Leaving Certificate Examination, 1911
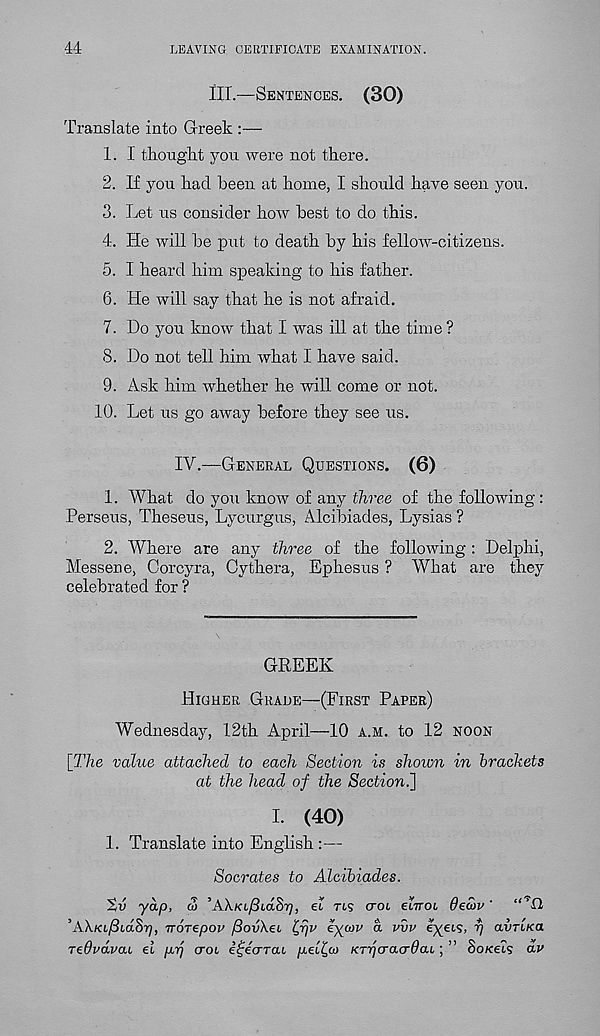
44
LEAVING CERTIFICATE EXAMINATION.
III.—Sentences. (30)
Translate into Greek :—
1. I tlionght you were not there.
2. If yon had been at home, I should have seen you.
3. Let us consider how best to do this.
4. He will be put to death by his fellow-citizens.
5. I heard him speaking to his father.
6. He will say that he is not afraid.
7. Do you know that I was ill at the time ?
8. Do not tell him what I have said.
9. Ask him whether he will come or not.
10. Let us go away before they see us.
IV.—-General Questions. (6)
1. What do you know of any three of the following :
Perseus, Theseus, LyCurgus, Alcibiades, Lysias ?
2. Where are any three of the following : Delphi,
Messene, Corcyra, Cythera, Ephesus ? What are they
celebrated for ?
GREEK
Higher Grade—(First Paper)
Wednesday, 12th April—10 a.m. to 12 noon
[The value attached to each Section is shown in brackets
at the head of the Section.
I- (40)
1. Translate into English :—
Socrates to Alcibiades.
'tv yap, d> ’AX/<t/3idS^, el tls crot elvoi Belov' “’A
’AX/a/lidS-^, noTepov /3ov\ei tfqv eycov a vvv eyeis, r/ avrtKa
TeBvdvcu el p.yj croi efecrrat
KTijcracrBaL; ” SoKeis dv